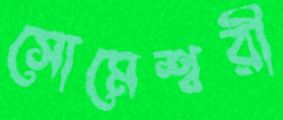
সোমেশ্বরী